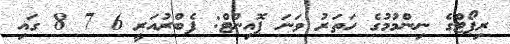
ރިޕޯޓްގެ ނިންމުމުގެ ހަތަރު ވަނަ ޕޮއިންޓް: ފެބްރުއަރީ 6 7 8 ގައި